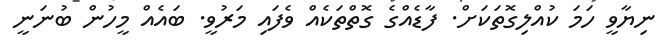
ނިޔާވީ ހަމަ ކުއްލިގޮތަކަށް. ފާޑެއްގެ ގޮތްތަކެއް ވެފައި މަރުވީ. ބައެއް މީހުން ބުނަނީ